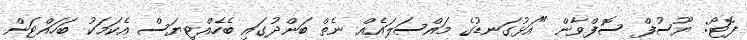
ފޮޓޯ: ޔޫސުފް ސޮފްވާން "އަޅުގަނޑުގެ މައްސަލައެއް ނެތް ބަންދުގައި ބެހެއްޓިޔަސް އެކަމަކު ބަހައްޓަން